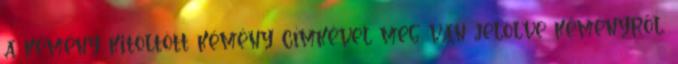
a kémény kitöltött kémény címkével meg van jelölve kéményről,